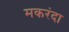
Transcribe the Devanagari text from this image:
मकरंदा